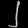
Digit: ၂